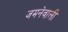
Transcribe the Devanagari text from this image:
जमनेवाली